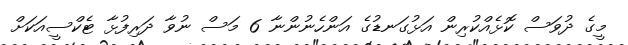
މީގެ ދުވަސް ކޮޅެއްކުރިން އަޅުގަނޑުގެ އަންހެނުންނާ 6 މަސް ނުވާ ދަރިފުޅާ ޓެކްސީއަކަށް